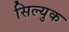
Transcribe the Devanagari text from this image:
सिल्युक